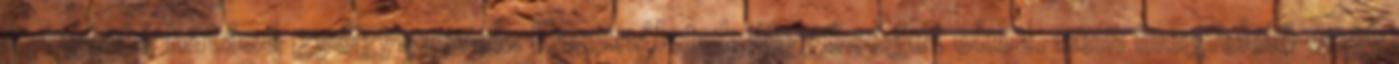
nyugtató hatású gyógyszerek. Használatuk függőséget okoz. nem megfelelő vagy